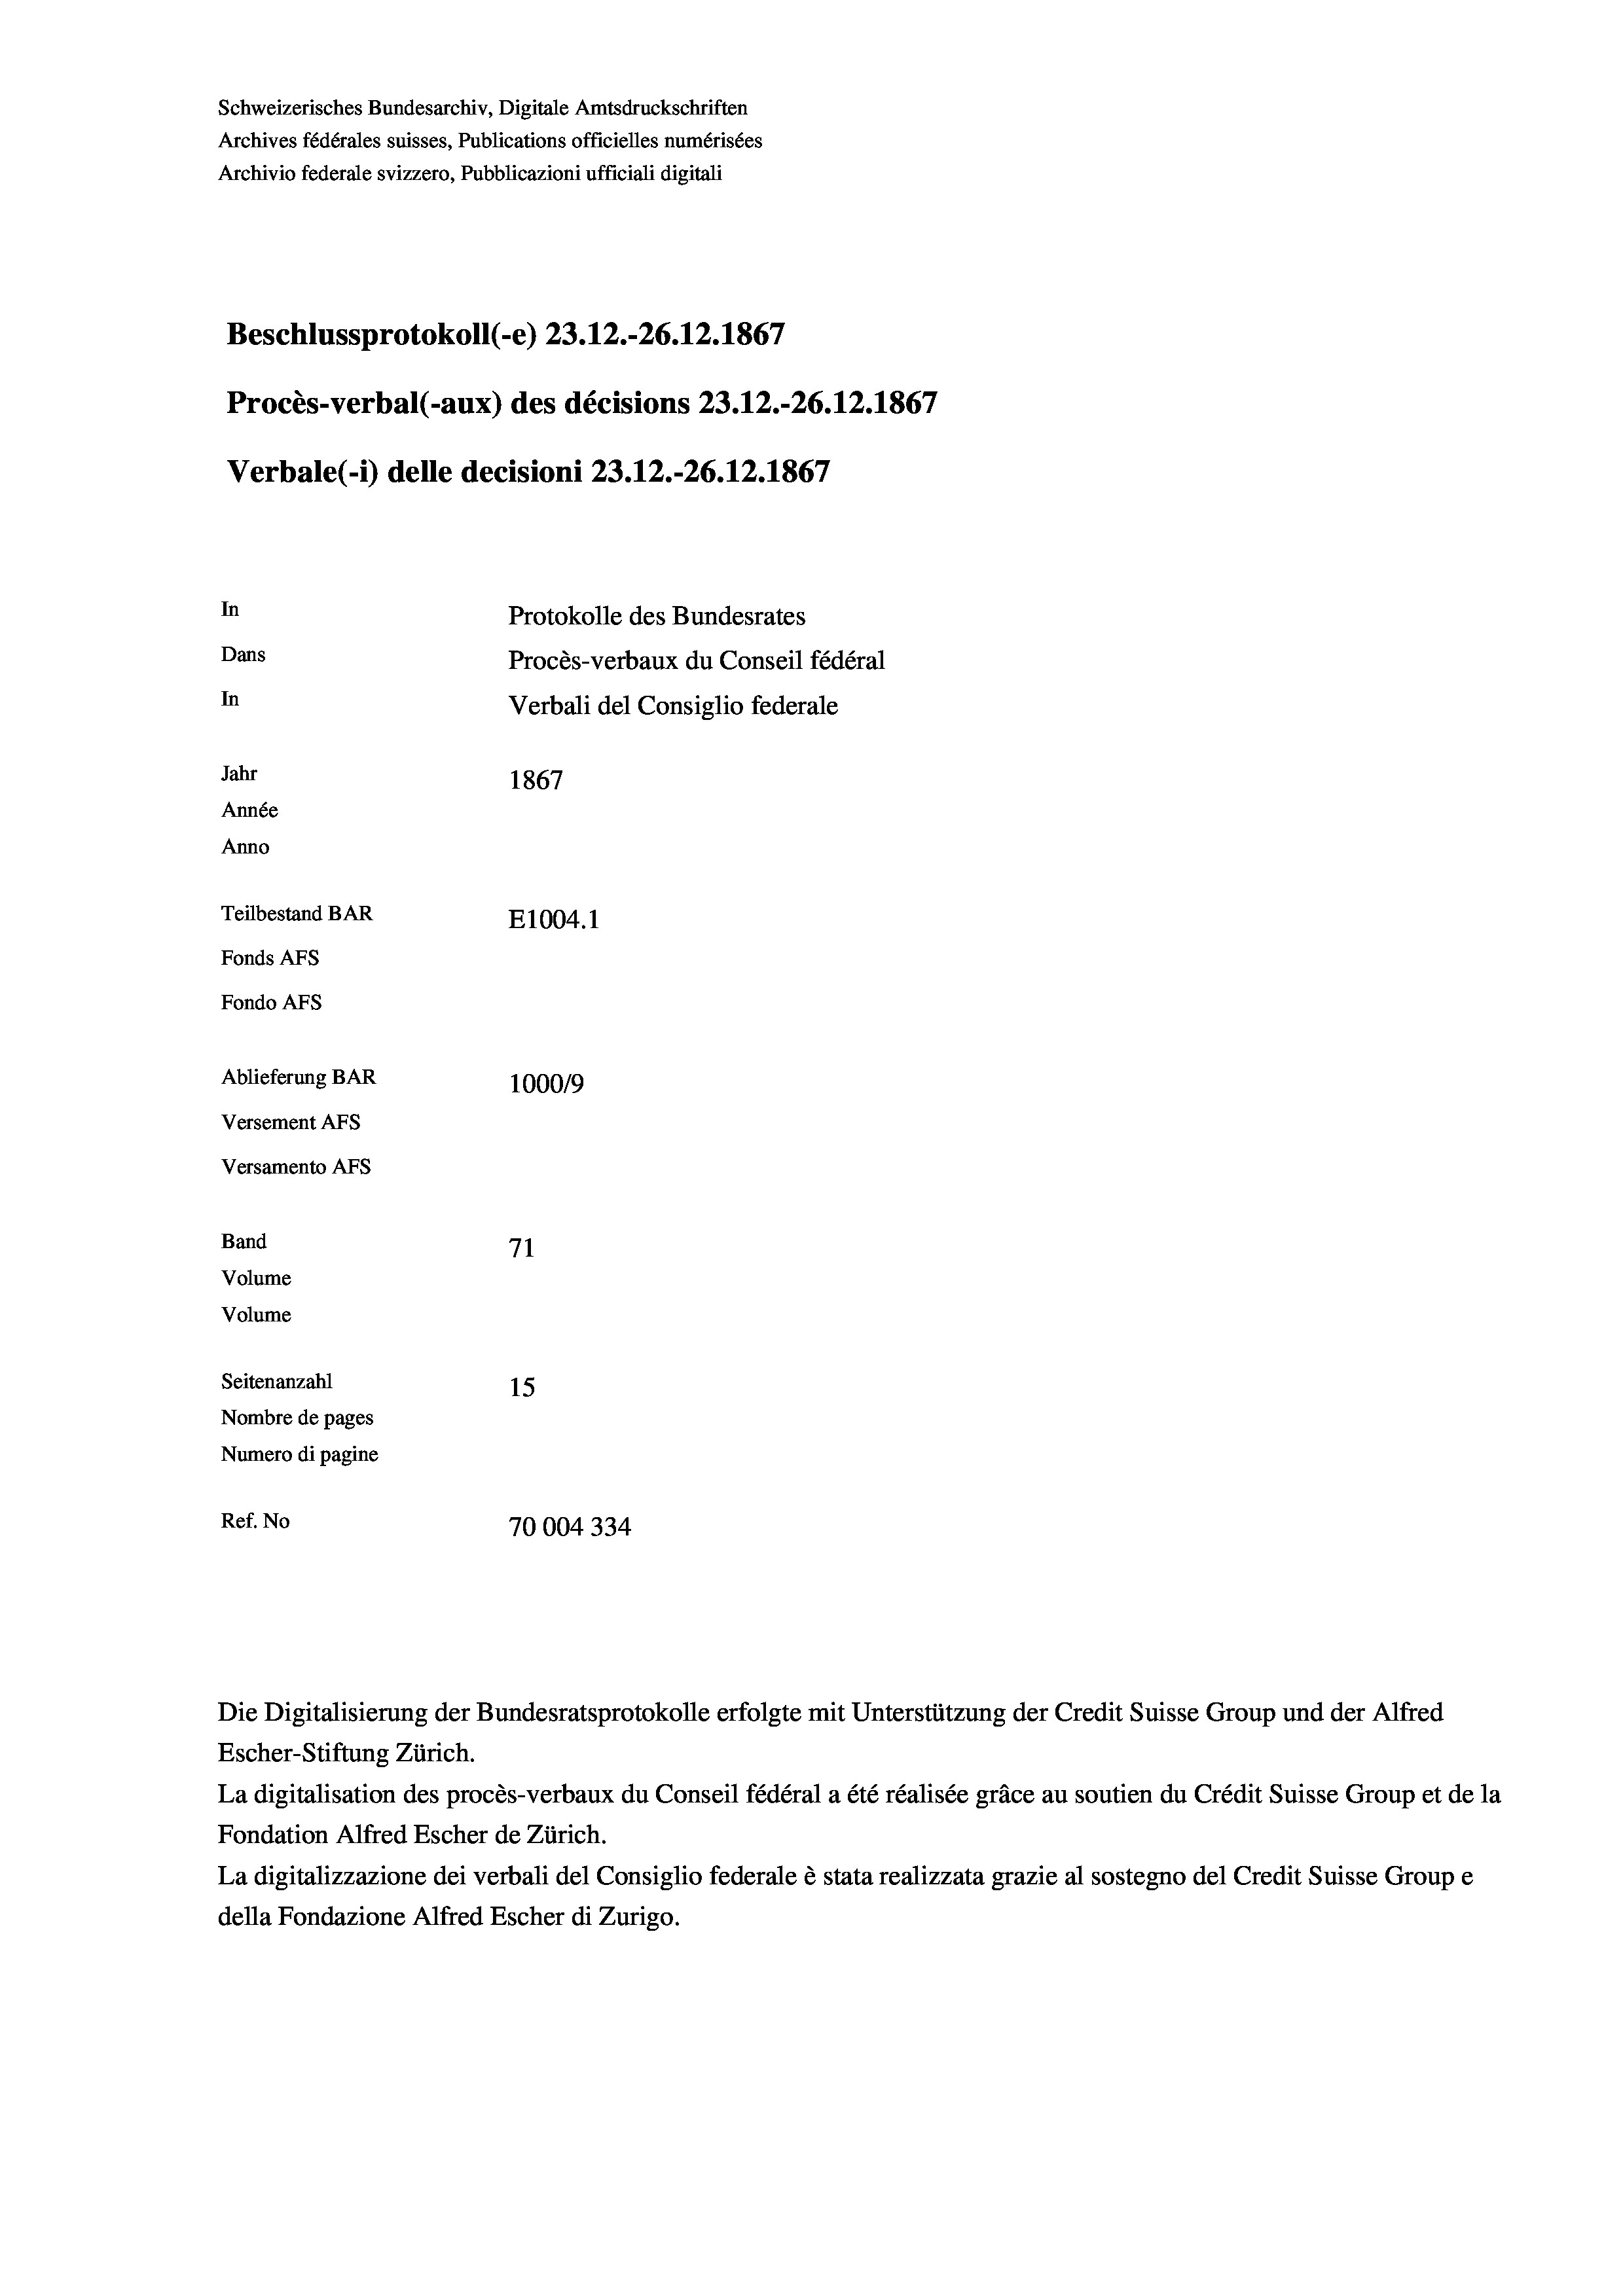
Schweizerisches Bundesarchiv, Digitale Amtsdruckschriften
Archives fédérales suisses, Publications officielles numérisées
Archivio federale svizzero, Pubblicazioni ufficiali digitali
Beschlussprotokoll (-e) 23.12.-26.12.1867
Procès-verbal (-aux) des décisions 23.12.-26.12.1867
Verbale (1) delle decisioni 23.12.-26.12.1867
In
Protokolle des Bundesrates
Dans
Procès-verbaux du Conseil fédéral
In
Verbali del Consiglio federale
Jahr
1867
Année
Anno
Teilbestand BAR
E1004.1
Fonds AFs
Fondo AFs
Ablieferung BAR
100019
Versement AFs
Versamento AFs
Band
71
Volume
Volume
Seitenanzahl
15

Nombre de pages
Numero di pagine
Ref. No
70004334

La digitalisation des procès-verbaux du Conseil fédéral a été réalisée gräce au soutien du Crédit Suisse Group et de la
Fondation Alfred Escher de Zürich.
La digitalizzazione dei verbali del Consiglio federale è stata realizzata grazie al sostegno del Credit Suisse Groupe
della Fondazione Alfred Escher di Zurigo.

Die Digitalisierung der Bundesratsprotokolle erfolgte mit Unterstützung der Credit Suisse Group und der Alfred
Escher-Stiftung Zürich.